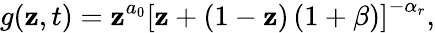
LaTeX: g(\mathbf{z},t)=\mathbf{z}^{a_{0}}\left[\mathbf{z}+(1-\mathbf{z})\left(1+\beta\right)\right]^{-\alpha_{r}},